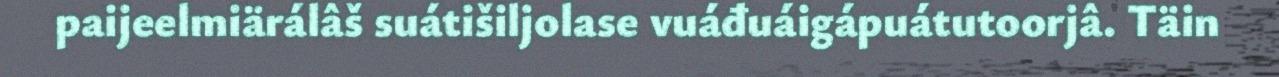
paijeelmiärálâš suátišiljolase vuáđuáigápuátutoorjâ. Täin